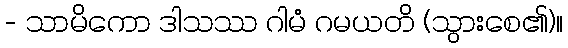
- သာမိကော ဒါသဿ ဂါမံ ဂမယတိ (သွားစေ၏)။